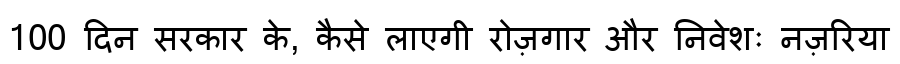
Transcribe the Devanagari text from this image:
100 दिन सरकार के, कैसे लाएगी रोज़गार और निवेशः नज़रिया